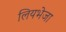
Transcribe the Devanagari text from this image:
लियभेजा